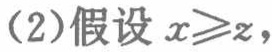
(2)假设 \(x\geqslant z\)，